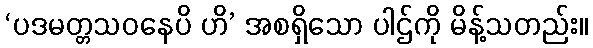
‘ပဒမတ္တသဝနေပိ ဟိ’ အစရှိသော ပါဌ်ကို မိန့်သတည်း။